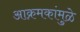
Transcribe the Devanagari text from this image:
आक्रमकांमुळे